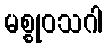
မစ္စုဝသဂါ